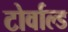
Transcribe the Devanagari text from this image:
टोर्वाल्ड